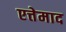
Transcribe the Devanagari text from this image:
एत्तेमाद